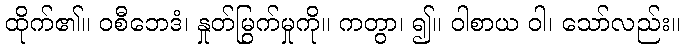
ထိုက်၏။ ဝစီဘေဒံ၊ နှုတ်မြွက်မှုကို။ ကတွာ၊ ၍။ ဝါစာယ ဝါ၊ သော်လည်း။